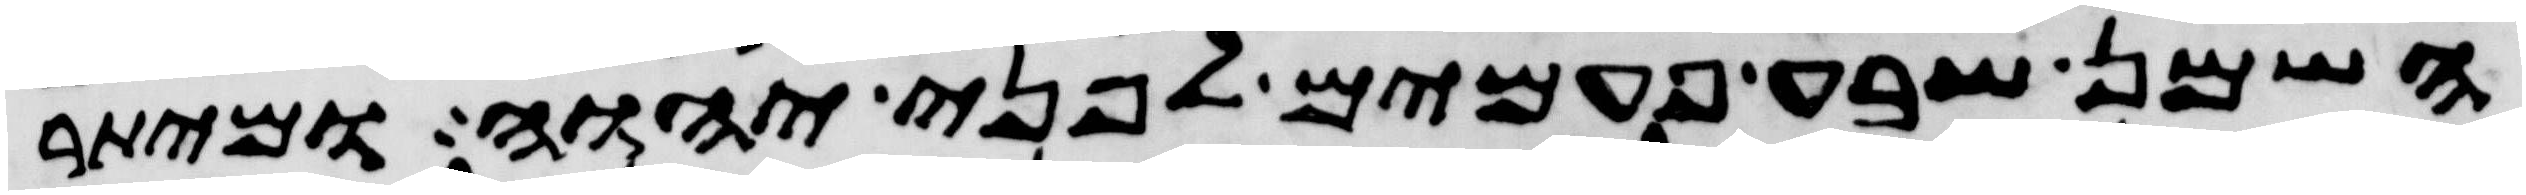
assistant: השמן שבע פעמים לפני יהוה ומיתר